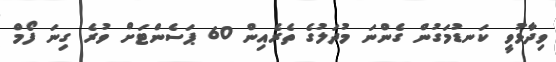
ވިދާޅުވީ ކަނޑުމަގުން ގެންނަ މުދަލުގެ ތެރެއިން 60 ޕަސެންޓަށް ވުރެ ގިނަ ފޯމް